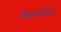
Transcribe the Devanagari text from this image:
किया।पचिनो